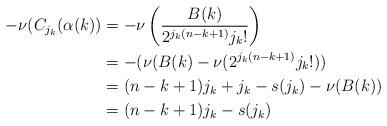
LaTeX: \begin{align*}-\nu(C_{j_k}(\alpha(k)) &= -\nu\left(\frac{B(k)}{2^{j_k(n-k+1)}j_k!}\right) \\ &= -(\nu(B(k) - \nu(2^{j_k(n-k+1)}j_k!)) \\ &= (n-k+1)j_k + j_k - s(j_k) - \nu(B(k)) \\ &= (n-k+1)j_k - s(j_k)\end{align*}